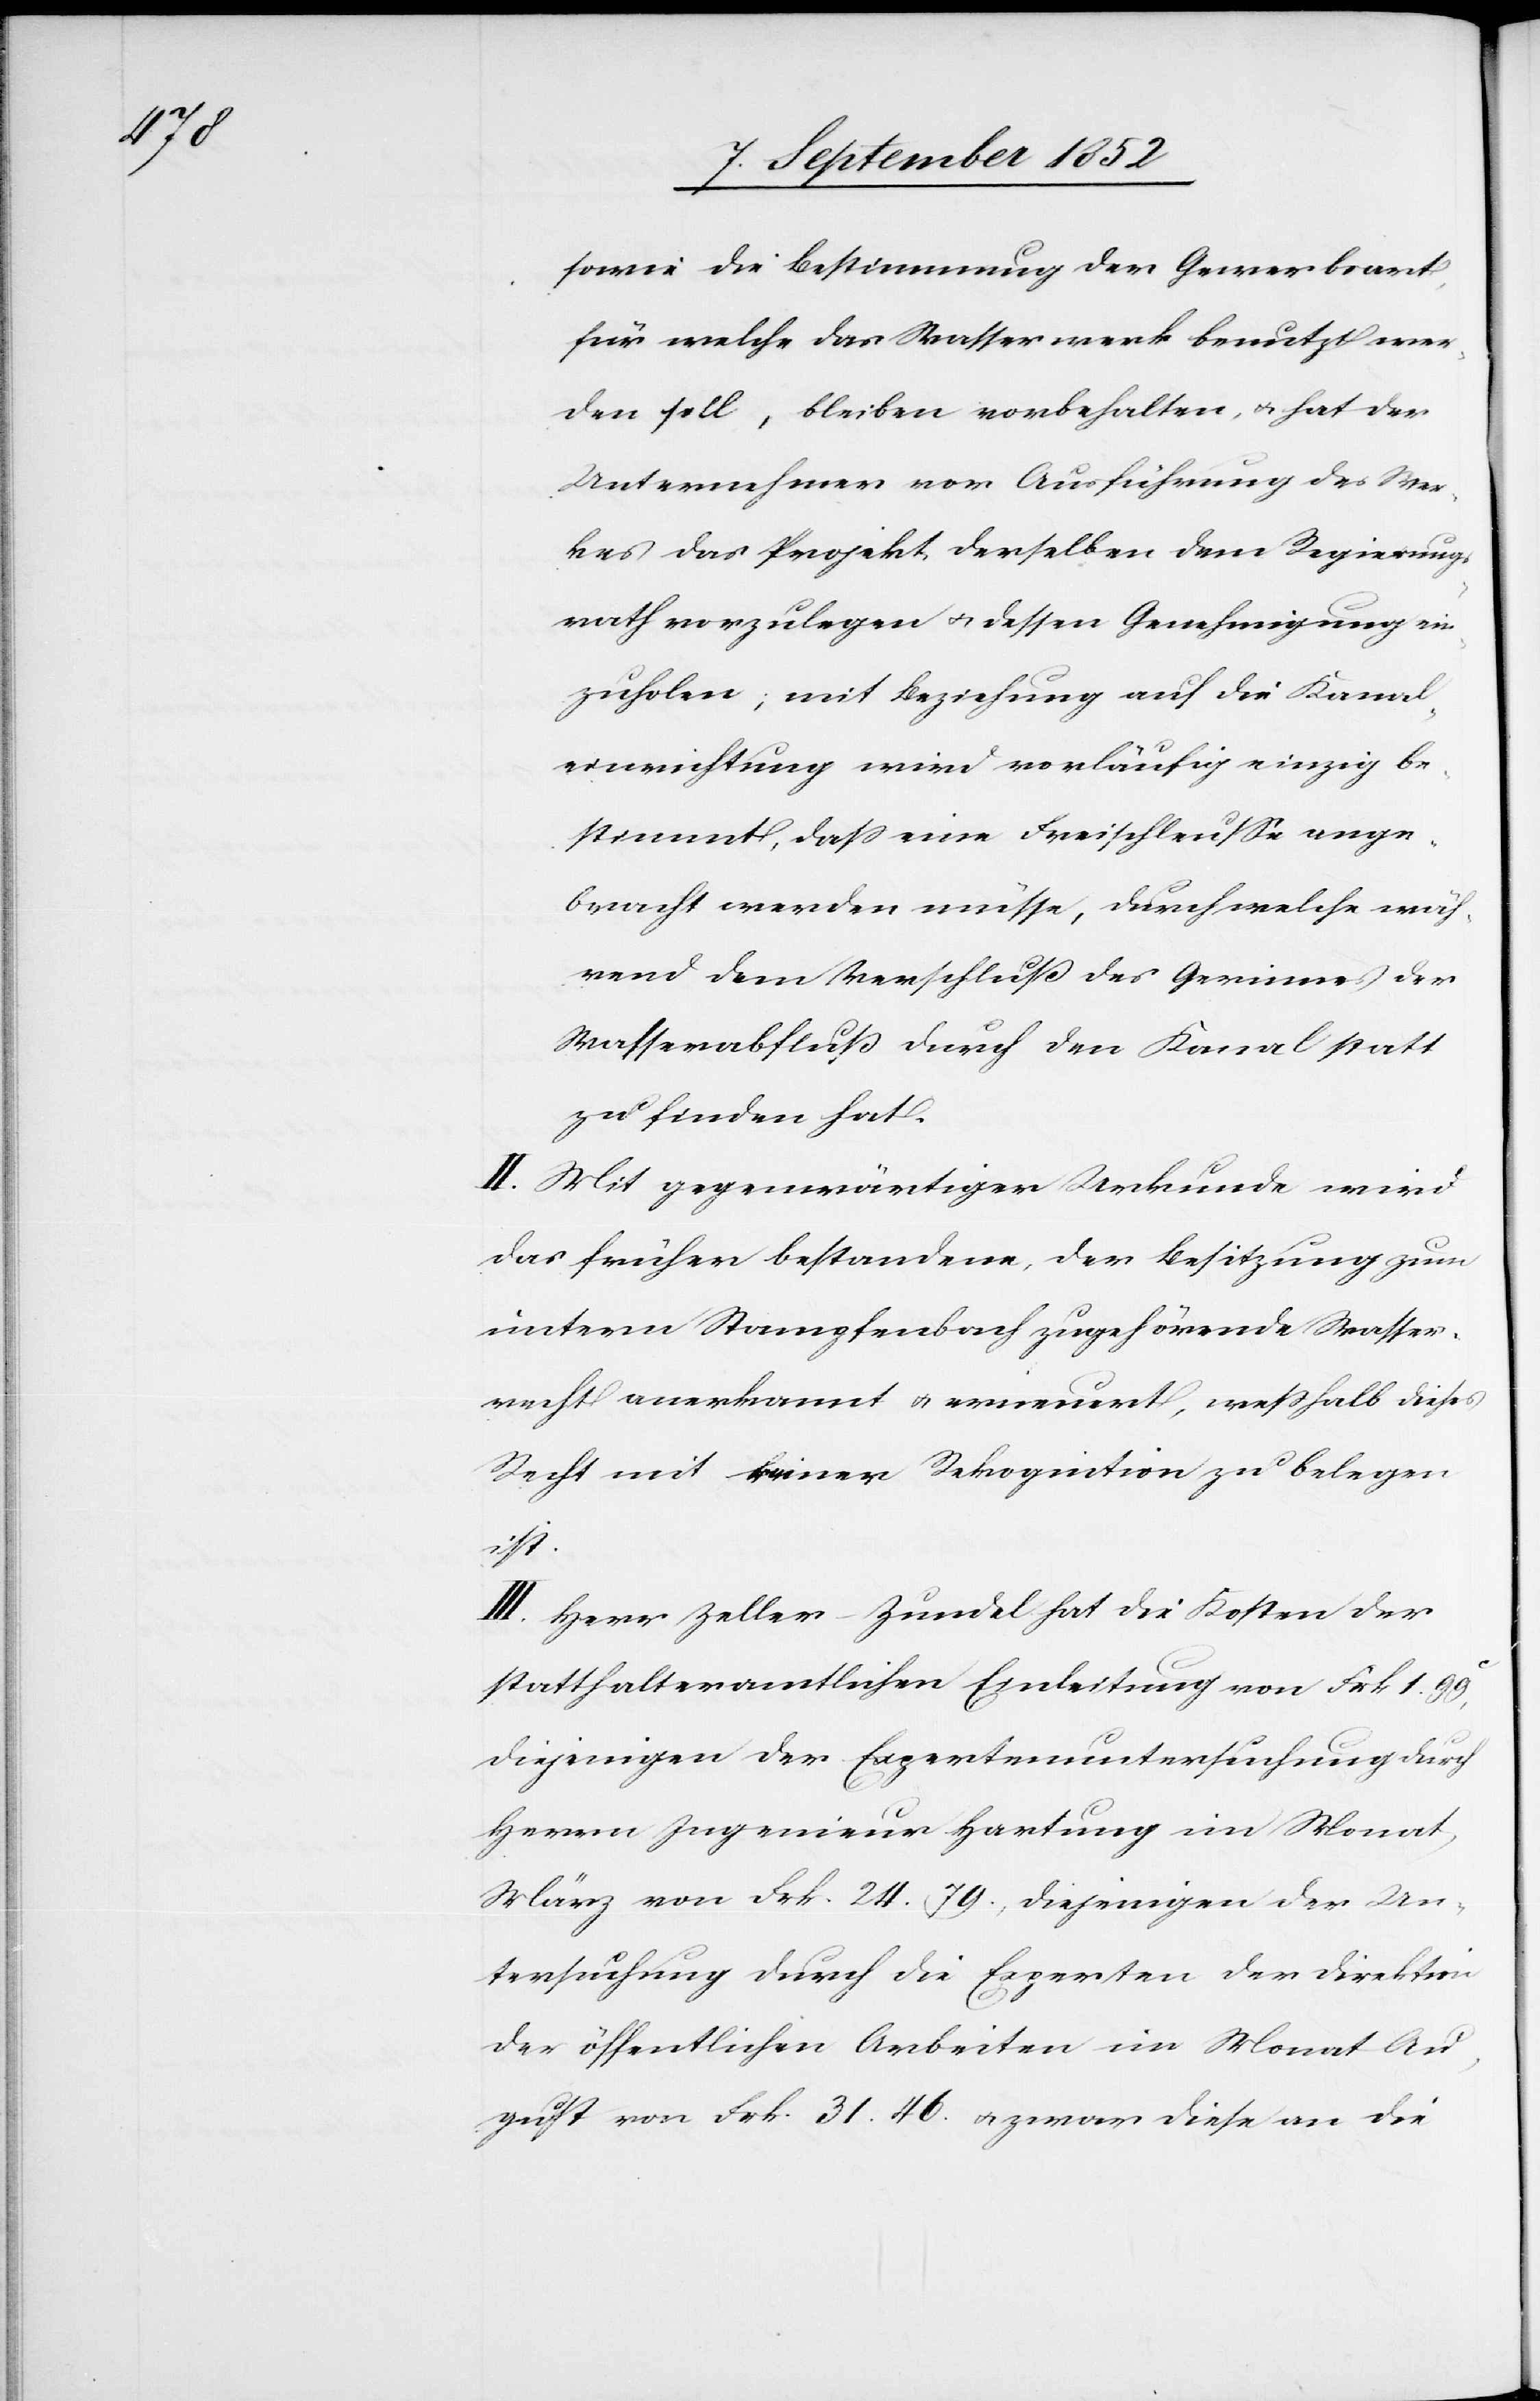
sowie die Bestimmung der Gewerbsart,
für welche das Wasserwerk benutzt wer¬
den soll, bleiben vorbehalten, & hat der
Unternehmer vor Ausführung des Wer¬
kes das Projekt derselben dem Regierungs¬
rath vorzulegen & dessen Genehmigung ein¬
zuholen; mit Beziehung auf die Kanal¬
einrichtung wird vorläufig einzig be¬
stimmt, dass eine Freischleusse ange¬
bracht werden müsse, durch welche wäh¬
rend dem Verschluß des Gerinnes der
Wasserabfluß durch den Kanal statt
zu finden hat.
II. Mit gegenwärtiger Urkunde wird
das früher bestandene, der Besitzung zum
untern Stampfenbach zugehörende Wasser¬
recht anerkannt & erneuert, wesshalb dieses
Recht mit keiner Rekognition zu belegen
ist.
III. Herr Zeller-Zundel hat die Kosten der
statthalteramtlichen Einleitung von Frk 1. 99c,
diejenigen der Expertenuntersuchung durch
Herrn Ingenieur Hartung im Monat
März von Frk. 24. 79., diejenigen der Un¬
tersuchung durch die Experten der Direktion
der öffentlichen Arbeiten im Monat Au¬
gust von Frk. 31. 46. & zwar diese an die